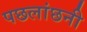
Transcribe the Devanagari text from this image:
पछलांछनी